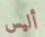
أليس